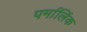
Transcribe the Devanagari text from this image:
पर्मालिंक